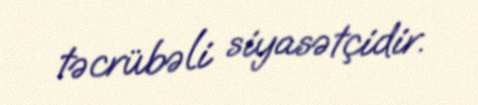
təcrübəli siyasətçidir.